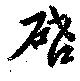
啓